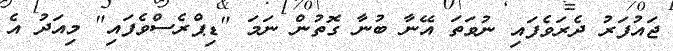
ޖައުފަރު ދެރަވެފައި ނުވަތަ އޭނާ ބުނާ ގޮތުން ނަމަ "ޑިޕްރެސްވެފައި" މިއަދު އެ